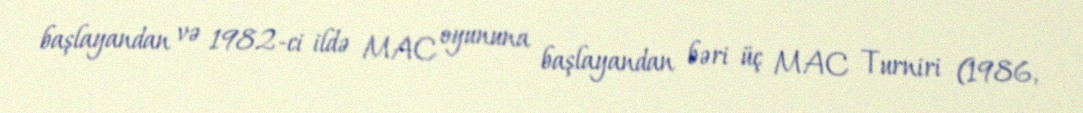
başlayandan və 1982-ci ildə MAC oyununa başlayandan bəri üç MAC Turniri (1986,